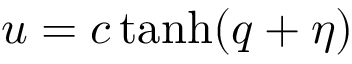
u = c \operatorname { t a n h } ( q + \eta )